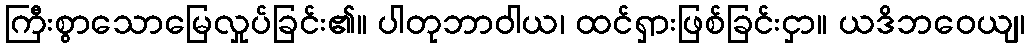
ကြီးစွာသောမြေလှုပ်ခြင်း၏။ ပါတုဘာဝါယ၊ ထင်ရှားဖြစ်ခြင်းငှာ။ ယဒိဘဝေယျ၊